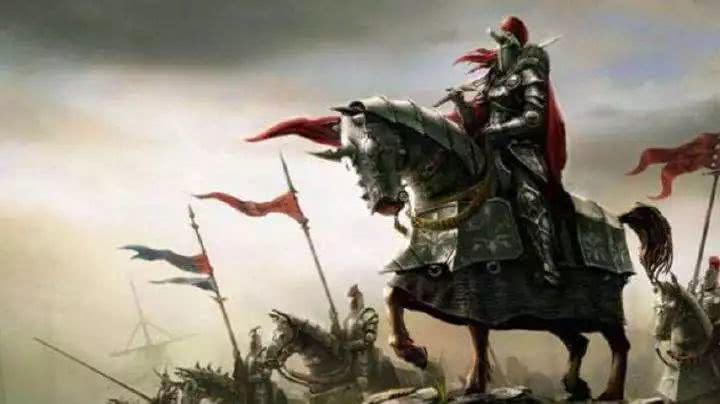
突营射杀呼延将，独领残兵千骑归。